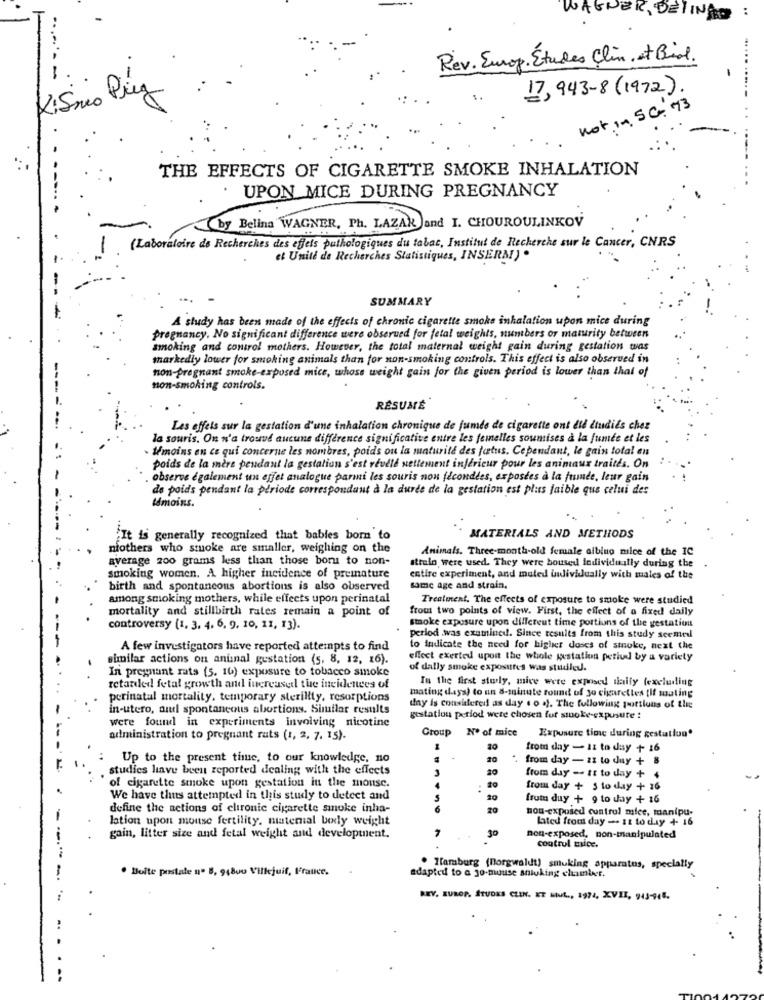
WAGNER, BETINA
Rev. Europ. Etudes Clin, at Biol.
.....
17,943-8 (1972).
KiSmo Ping
not in. SG:73
THE EFFECTS OF CIGARETTE SMOKE INHALATION
. UPON MICE DURING PREGNANCY
by Belina WAGNER, Ph. LAZAR and I. CHOUROULINKOV
1 (Laboratoire de Recherches des efets pathologiques du tabac, Institut de Recherche sur le Cancer, CNRS
et Unite de Recherches Statistiques, INSERAI) .
SUMMARY
A study has been made of the effects of chronic cigarette smoke inhalation upon mice during
pregnancy. No significant difference were observed for fetal weights, numbers or maturity between
smoking and control mothers. However, the total maternal weight gain during gestation was
markedly lower for smoking animals than for non-smoking controls. This effect is also observed in
non-pregnant smoke-exposed mice, whose weight gain for the given period is lower than that of
--
non-smoking controls.
RÉSUMÉ
Les effets sur la gestation d'une inhalation chronique de fumde de cigarette ont did étudiés chez
la souris. On n'a trouvé aucune difference significative entre les femelles soumises à la fumée et les
Wmoins en ce qui concerne les nombres, poids ou la maturité des fatus. Cependant, le gain total en
poids de la mère pendant la gestation s'est reudle nettement inférieur pour les animaux traités. On
observe également un effet analogue parmi les souris non féconddes, exposées à la fuunde, leur gain
de poids pendant la période correspondant à la durde de la gestation est plus faible que celui des
témoins.
"It is generally recognized that babies born to
MATERIALS AND METHODS
niothers who stuoke are smaller, weighing on the
Animals. Three-month-old female albino mice of the IC
average 200 grams less than those boru to non-
strain were used. They were housed individually during the
smoking women. A higher incidence of preinature
entire experiment, and muted uwlivisually with males of the
birth and spontancons abortions is also observed
same age and strain.
among smoking mothers, while effects upon perinatal
Treatment. The effects of exposure to smoke were studied
mortality and stillbirth rates remain a point of
from two points of view. First, the effect of a fixed daily
stoke exposure upon different time portions of the gestation
controversy (1, 3, 4, 6, 9, 10, 11, 13).
period .was examined. Since results from this study seemed
A few investigators have reported attempts to find
to indicate the need for higher doses of smoke, next the
similar actions on animal gestation (s. 8, 12, 16).
effect exerted upon the whole westation period by a variety
In pregnant rats (5. 16) exposure to tobacco smoke
of dally smoke exposures was stidled.
In the first sturly, mive were exposed thaily (excluding
retarded fetal growth and increased the incidences of
perinatal mortality. temporary sterility, resorptions
mating days) to an a-minute round of to cigarettes {if muting
in-utero, and spontaneous abortions. Similar results
day is considered as day . o .). The following portions of the
were found in experiments involving nicotine
gestation period were chosen for smoke-expusure :
Group Nº of mice
administration to pregnant rats (1, 2, 7. 15).
Exposure time during gestation"
20
from day - 11 to day + 16
Up to the present time, to our knowledge, no
20
from day - zz to duy + 8
. studies have been reported dealing with the effects
20
from day -- tt to day + 4
of cigarette smoke upon gestation in the mouse.
from day + S to day + 16
We have thus attempted in this study to detect and
S
10
from duy + 9 to day + 16
define the actions of clironic cigarette smoke inha-
6
20
non-exposed control mice, manipu-
lation upon mouse fertility. maternal body weight
lated fromt day - 11 to day + 16
30
gain, litter size and fetal weight and development.
non-exposed, non-manipulated
control mice.
Bolte postale n. B. 94800 Villejuif, France.
. Hamburg (Borgwaldt) smuking apparatus, specially
adapted to a jo-muuse sniuking chumleer.
REV. EUROF, STUDKS CLIN. IT LIVE ., 1974, XVII, 943-44.